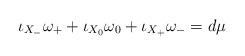
LaTeX: \begin{align*}\iota_{X_-}\omega_+ + \iota_{X_0}\omega_0 + \iota_{X_+}\omega_- = d\mu\end{align*}